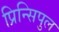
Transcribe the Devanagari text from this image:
प्रिन्सिपुल